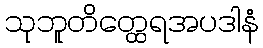
သုဘူတိတ္ထေရအပဒါနံ